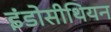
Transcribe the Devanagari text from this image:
इंडोसीथियन